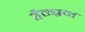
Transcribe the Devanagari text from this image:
हैम्ब्रन